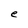
Character: e